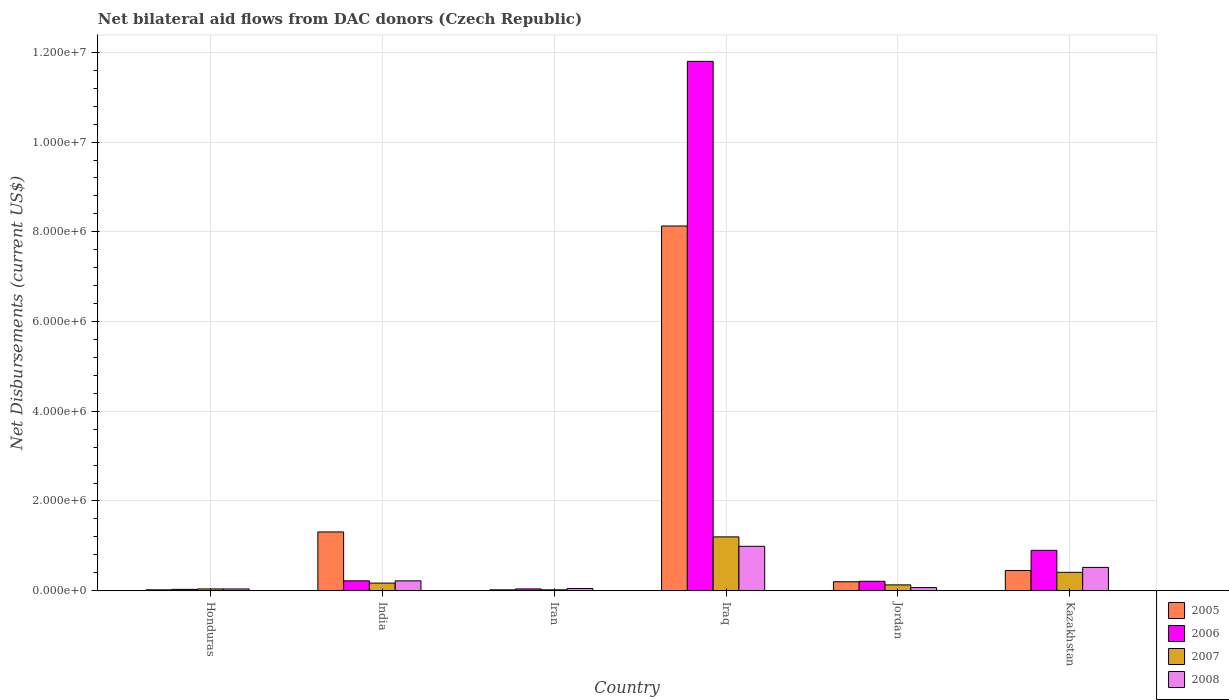
| Country | 2005 | 2006 | 2007 | 2008 |
 | --- | --- | --- | --- | --- |
 | Honduras | 2e+04 | 3e+04 | 4e+04 | 4e+04 |
 | India | 1.31e+06 | 2.2e+05 | 1.7e+05 | 2.2e+05 |
 | Iran | 2e+04 | 4e+04 | 2e+04 | 5e+04 |
 | Iraq | 8.13e+06 | 1.18e+07 | 1.2e+06 | 9.9e+05 |
 | Jordan | 2e+05 | 2.1e+05 | 1.3e+05 | 7e+04 |
 | Kazakhstan | 4.5e+05 | 9e+05 | 4.1e+05 | 5.2e+05 |